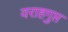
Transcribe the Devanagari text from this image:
वराहगुप्त